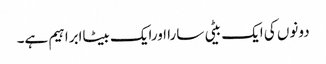
دونوں کی ایک بیٹی سارا اورایک بیٹاابراہیم ہے۔